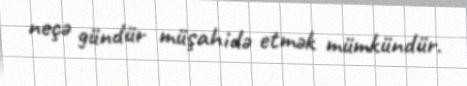
neçə gündür müşahidə etmək mümkündür.